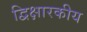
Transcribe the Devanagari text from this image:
द्विक्षारकीय